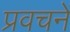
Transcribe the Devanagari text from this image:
प्रवचनें